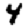
Digit: 4